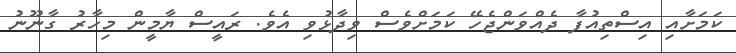
ކަމަށާއި އިސްތިއުފާ ދެއްވަންޖެހޭ ކަމަށްވެސް ވިދާޅުވި އެވެ. ރައީސް ޔާމީން މިހާރު ގާނޫނު